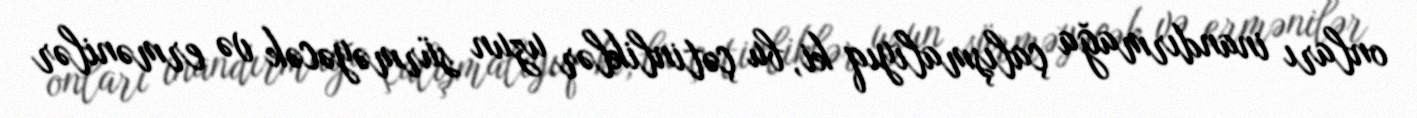
onları inandırmağa çalışmalıyıq ki, bu çətinliklər uzun sürməyəcək və ermənilər